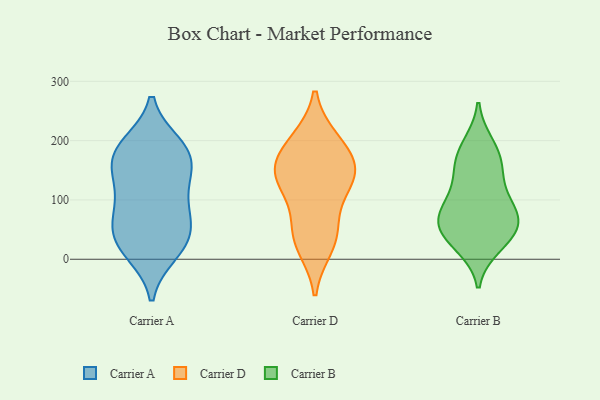
{"axis": {"x": "Energy Usage (MWh)", "y": "Value"}, "legend": ["Carrier A", "Carrier B", "Carrier D"], "data": [{"x": "", "y": 193, "type": "Carrier A"}, {"x": "", "y": 189, "type": "Carrier A"}, {"x": "", "y": 86, "type": "Carrier A"}, {"x": "", "y": 173, "type": "Carrier A"}, {"x": "", "y": 81, "type": "Carrier A"}, {"x": "", "y": 40, "type": "Carrier A"}, {"x": "", "y": 118, "type": "Carrier A"}, {"x": "", "y": 139, "type": "Carrier A"}, {"x": "", "y": 164, "type": "Carrier A"}, {"x": "", "y": 33, "type": "Carrier A"}, {"x": "", "y": 13, "type": "Carrier A"}, {"x": "", "y": 43, "type": "Carrier A"}, {"x": "", "y": 145, "type": "Carrier A"}, {"x": "", "y": 11, "type": "Carrier A"}, {"x": "", "y": 69, "type": "Carrier A"}, {"x": "", "y": 188, "type": "Carrier A"}, {"x": "", "y": 158, "type": "Carrier D"}, {"x": "", "y": 23, "type": "Carrier D"}, {"x": "", "y": 129, "type": "Carrier D"}, {"x": "", "y": 124, "type": "Carrier D"}, {"x": "", "y": 141, "type": "Carrier D"}, {"x": "", "y": 156, "type": "Carrier D"}, {"x": "", "y": 54, "type": "Carrier D"}, {"x": "", "y": 199, "type": "Carrier D"}, {"x": "", "y": 195, "type": "Carrier D"}, {"x": "", "y": 40, "type": "Carrier D"}, {"x": "", "y": 159, "type": "Carrier B"}, {"x": "", "y": 90, "type": "Carrier B"}, {"x": "", "y": 30, "type": "Carrier B"}, {"x": "", "y": 126, "type": "Carrier B"}, {"x": "", "y": 79, "type": "Carrier B"}, {"x": "", "y": 52, "type": "Carrier B"}, {"x": "", "y": 23, "type": "Carrier B"}, {"x": "", "y": 181, "type": "Carrier B"}, {"x": "", "y": 91, "type": "Carrier B"}, {"x": "", "y": 65, "type": "Carrier B"}, {"x": "", "y": 152, "type": "Carrier B"}, {"x": "", "y": 193, "type": "Carrier B"}, {"x": "", "y": 61, "type": "Carrier B"}, {"x": "", "y": 45, "type": "Carrier B"}]}